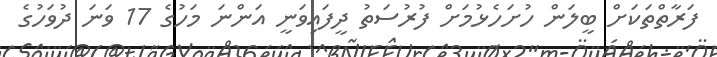
ފަރާތްތަކަށް ބީލަން ހުށަހެޅުމަށް ފުރުސަތު ދީފައިވަނީ އަންނަ މަހުގެ 17 ވަނަ ދުވަހުގެ